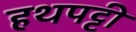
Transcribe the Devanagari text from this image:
हथपट्टी